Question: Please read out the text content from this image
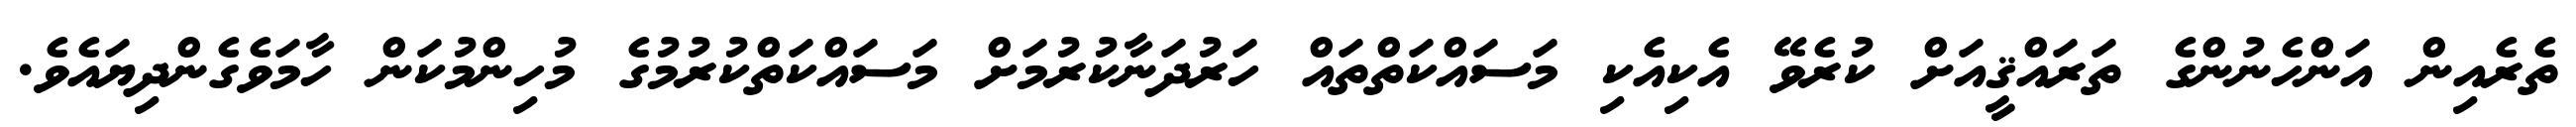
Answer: ތެރެއިން އަންހެނުންގެ ތަރައްޤީއަށް ކުރެވޭ އެކިއެކި މަސައްކަތްތައް ހަރުދަނާކުރުމަށް މަސައްކަތްކުރުމުގެ މުހިންމުކަން ހާމަވެގެންދިޔައެވެ.